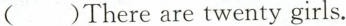
( )There are twenty girls.